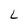
Character: L